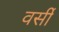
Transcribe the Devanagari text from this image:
वर्सी